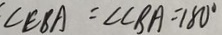
\angle E B A = \angle C B A = 1 8 0 ^ { \circ }